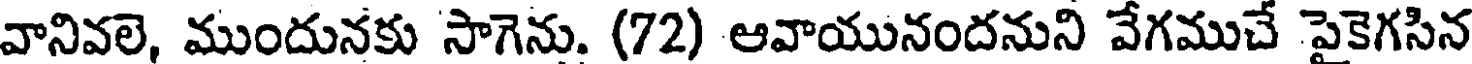
వానివలె, ముందునకు సాగెను. (72) ఆవాయునందనుని వేగముచే పైకెగసిన